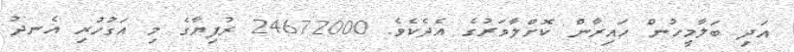
އަދި ބަލާމީހުން ހައިރާން ކޮށްލާވަރުގެ އެދެކެވެ. 24672000 ރުފިޔާގެ މި އަގުހުރި އެނދު